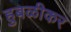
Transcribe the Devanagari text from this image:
हुबळीकर